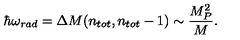
\hbar \omega _ { r a d } = \Delta M ( n _ { t o t } , n _ { t o t } - 1 ) \sim \frac { M _ { P } ^ { 2 } } { M } .